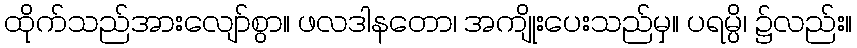
ထိုက်သည်အားလျော်စွာ။ ဖလဒါနတော၊ အကျိုးပေးသည်မှ။ ပရမ္ပိ၊ ၌လည်း။